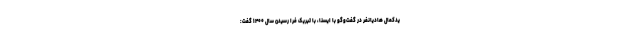
یدکمال هادیانفر در گفت‌وگو با ایسنا، با تبریک فرا رسیدن سال ۱۴۰۰ گفت:‌